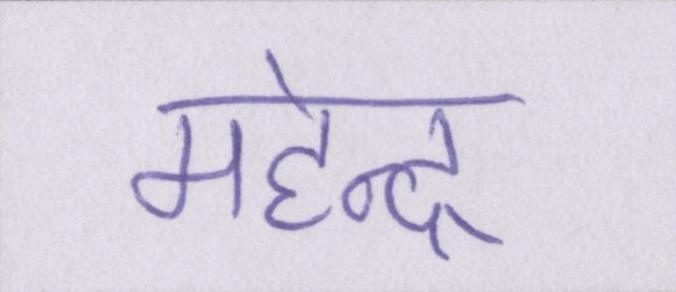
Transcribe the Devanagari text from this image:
महेन्द्र